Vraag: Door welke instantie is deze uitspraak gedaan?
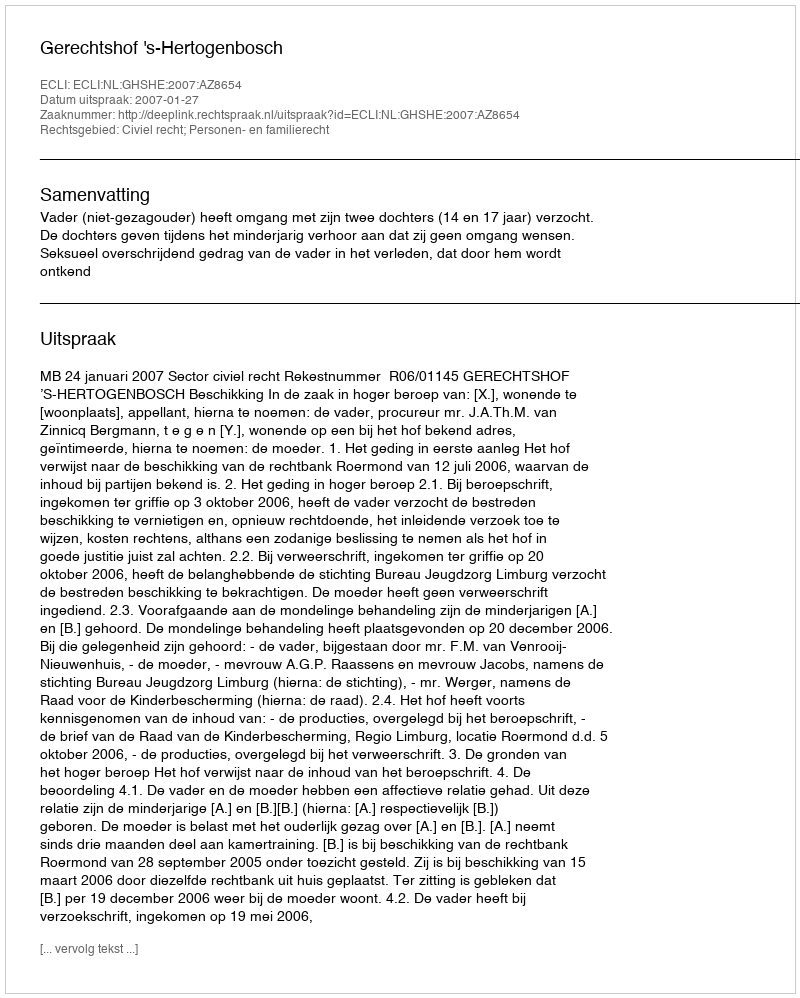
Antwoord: Gerechtshof 's-Hertogenbosch